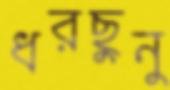
ধরছুনু